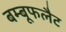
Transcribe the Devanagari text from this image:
बम्बूफलैट